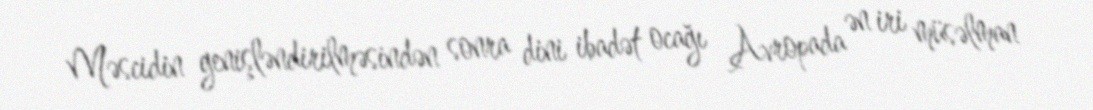
Məscidin genişləndirilməsindən sonra dini ibadət ocağı Avropada ən iri müsəlman